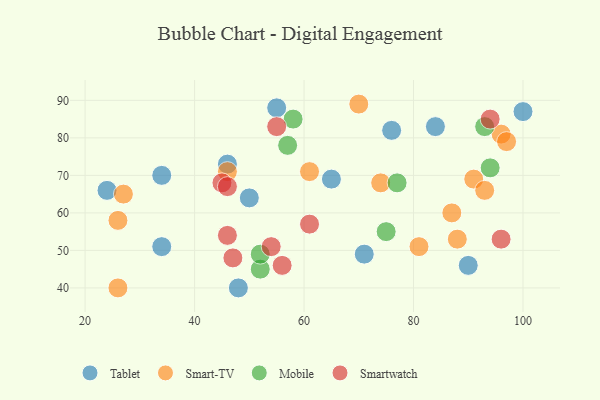
{"axis": {"x": "GDP", "y": "Life Expectancy"}, "legend": ["Mobile", "Smart-TV", "Smartwatch", "Tablet"], "data": [{"x": "24", "y": 66, "type": "Tablet"}, {"x": "84", "y": 83, "type": "Tablet"}, {"x": "55", "y": 88, "type": "Tablet"}, {"x": "46", "y": 73, "type": "Tablet"}, {"x": "65", "y": 69, "type": "Tablet"}, {"x": "76", "y": 82, "type": "Tablet"}, {"x": "50", "y": 64, "type": "Tablet"}, {"x": "71", "y": 49, "type": "Tablet"}, {"x": "34", "y": 51, "type": "Tablet"}, {"x": "48", "y": 40, "type": "Tablet"}, {"x": "100", "y": 87, "type": "Tablet"}, {"x": "90", "y": 46, "type": "Tablet"}, {"x": "34", "y": 70, "type": "Tablet"}, {"x": "46", "y": 71, "type": "Smart-TV"}, {"x": "96", "y": 81, "type": "Smart-TV"}, {"x": "91", "y": 69, "type": "Smart-TV"}, {"x": "81", "y": 51, "type": "Smart-TV"}, {"x": "27", "y": 65, "type": "Smart-TV"}, {"x": "97", "y": 79, "type": "Smart-TV"}, {"x": "61", "y": 71, "type": "Smart-TV"}, {"x": "88", "y": 53, "type": "Smart-TV"}, {"x": "74", "y": 68, "type": "Smart-TV"}, {"x": "70", "y": 89, "type": "Smart-TV"}, {"x": "26", "y": 40, "type": "Smart-TV"}, {"x": "93", "y": 66, "type": "Smart-TV"}, {"x": "87", "y": 60, "type": "Smart-TV"}, {"x": "26", "y": 58, "type": "Smart-TV"}, {"x": "52", "y": 45, "type": "Mobile"}, {"x": "75", "y": 55, "type": "Mobile"}, {"x": "93", "y": 83, "type": "Mobile"}, {"x": "94", "y": 72, "type": "Mobile"}, {"x": "58", "y": 85, "type": "Mobile"}, {"x": "52", "y": 49, "type": "Mobile"}, {"x": "57", "y": 78, "type": "Mobile"}, {"x": "77", "y": 68, "type": "Mobile"}, {"x": "45", "y": 68, "type": "Smartwatch"}, {"x": "47", "y": 48, "type": "Smartwatch"}, {"x": "96", "y": 53, "type": "Smartwatch"}, {"x": "61", "y": 57, "type": "Smartwatch"}, {"x": "46", "y": 67, "type": "Smartwatch"}, {"x": "55", "y": 83, "type": "Smartwatch"}, {"x": "94", "y": 85, "type": "Smartwatch"}, {"x": "56", "y": 46, "type": "Smartwatch"}, {"x": "46", "y": 54, "type": "Smartwatch"}, {"x": "54", "y": 51, "type": "Smartwatch"}]}